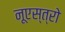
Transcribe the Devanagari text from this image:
नूएस्त्रो